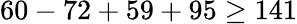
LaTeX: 60-72+59+95\geq 141